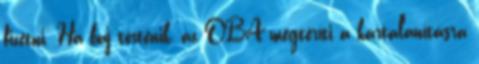
fizetni. Ha baj történik, az OBA megtéríti a kártalanításra